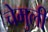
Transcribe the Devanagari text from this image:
चेमुली